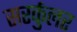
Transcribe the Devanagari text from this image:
सरर्कुलर